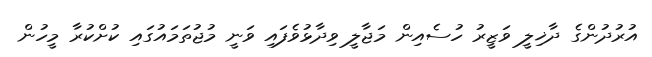
އުރުދުންގެ ދާޚިލީ ވަޒީރު ހުސެއިން މަޖާލީ ވިދާޅުވެފައި ވަނީ މުޖުތަމައުގައި ކުށްކުރާ މީހުން